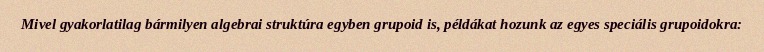
Mivel gyakorlatilag bármilyen algebrai struktúra egyben grupoid is, példákat hozunk az egyes speciális grupoidokra: